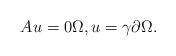
LaTeX: \begin{align*} A u = 0 \Omega, u = \gamma \partial \Omega. \end{align*}